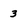
Character: 3